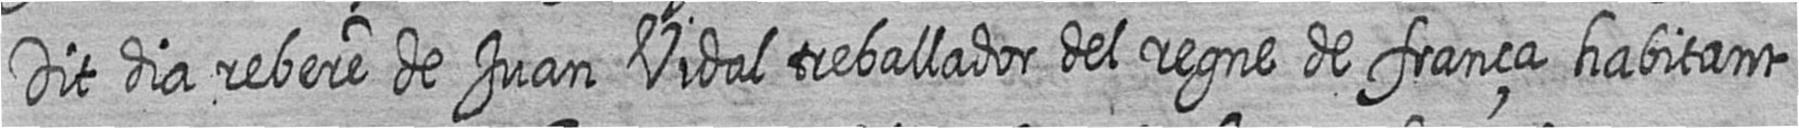
Dit dia rebere de Juan Vidal treballador del regne de frança habitant